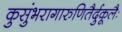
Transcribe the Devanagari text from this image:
कुसुंभरागारुणितैर्दुकूलैः